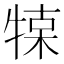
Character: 𤚦